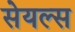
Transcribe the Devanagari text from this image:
सेयल्स